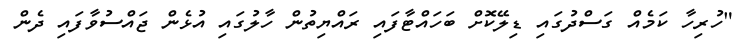
"ހުރިހާ ކަމެއް ގަސްދުގައި ޑިލޭކޮށް ބަހައްޓާފައި ރައްޔިތުން ހާލުގައި އުޅެން ޖައްސުވާފައި ދެން